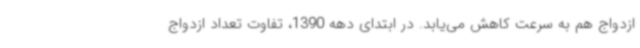
ازدواج هم به سرعت کاهش می‌یابد. در ابتدای دهه 1390، تفاوت تعداد ازدواج